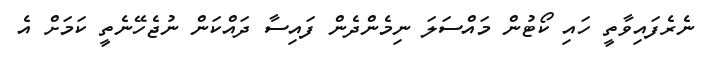
ނެރެފައިވާތީ ހައި ކޯޓުން މައްސަލަ ނިމެންދެން ފައިސާ ދައްކަން ނުޖެހޭނެތީ ކަމަށް އެ